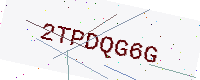
Text: 2TPDQG6G